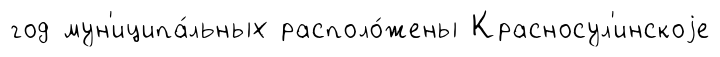
год мун'иципа́льных располо́жены Красносул'инскоjе